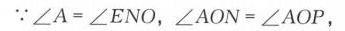
\(\because\angle A=\angle ENO,\angle AON = \angle AOP,\)